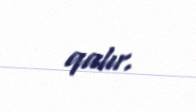
qalır.